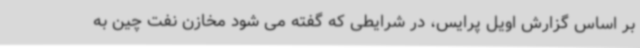
بر اساس گزارش اویل پرایس، در شرایطی که گفته می شود مخازن نفت چین به